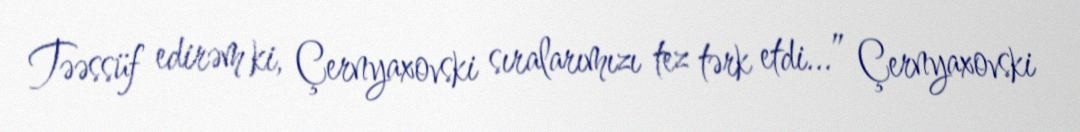
Təəssüf edirəm ki, Çernyaxovski sıralarımızı tez tərk etdi...” Çernyaxovski